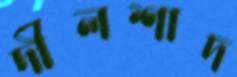
দীলশাদ